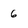
Character: 6